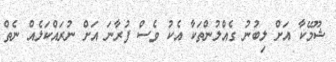
ޝޫމޭކާ އަށް ލިބުނު ގެއްލުންތަކާ އެކު ވެސް ފުރާނަ އަށް ނުރައްކަލެއް ނެތް